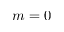
m = 0